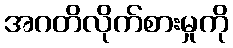
အဂတိလိုက်စားမှုကို